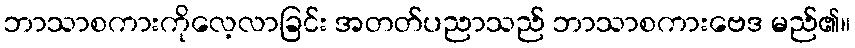
ဘာသာစကားကိုလေ့လာခြင်း အတတ်ပညာသည် ဘာသာစကားဗေဒ မည်၏။